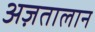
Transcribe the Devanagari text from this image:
अज़तालान